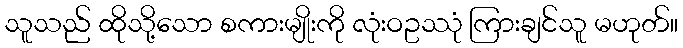
သူသည် ထိုသို့သော စကားမျိုးကို လုံးဝဥဿုံ ကြားချင်သူ မဟုတ်။